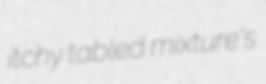
itchy tabled mixture's